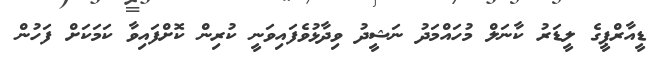
ޑީއާރްޕީގެ ލީޑަރު ކާނަލް މުހައްމަދު ނަޝީދު ވިދާޅުވެފައިވަނީ ކުރިން ކޮށްފައިވާ ކަމަކަށް ފަހުން